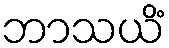
ဘာသယိံ